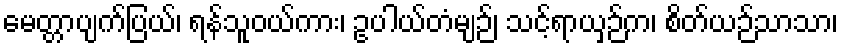
မေတ္တာပျက်ပြယ်၊ ရန်သူဝယ်ကား၊ ဥပါယ်တံမျဉ်၊ သင့်ရာယှဉ်က၊ စိတ်ယဉ်သာသာ၊